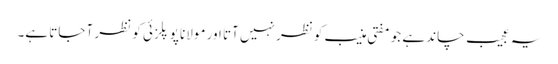
یہ عجیب چاند ہے جو مفتی منیب کو نظر نہیں آتا اور مولانا پوپلزئی کو نظر آ جاتا ہے۔